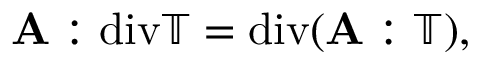
\mathbf A : \mathrm { d i v } \mathbb T = \mathrm { d i v } ( \mathbf A : \mathbb T ) ,